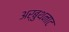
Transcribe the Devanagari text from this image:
अर्बुथनाट